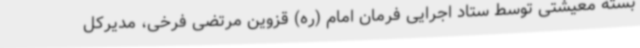
بسته معیشتی توسط ستاد اجرایی فرمان امام (ره) قزوین مرتضی فرخی، مدیرکل